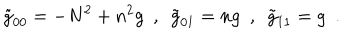
\tilde { g } _ { 0 0 } = - N ^ { 2 } + n ^ { 2 } g \, \, \, , \, \, \, \tilde { g } _ { 0 1 } = n g \, \, \, , \, \, \, \tilde { g } _ { 1 1 } = g \, \, \, .